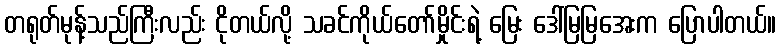
တရုတ်မုန့်သည်ကြီးလည်း ငိုတယ်လို့ သခင်ကိုယ်တော်မှိုင်းရဲ့ မြေး ဒေါ်မြမြအေးက ပြောပါတယ်။